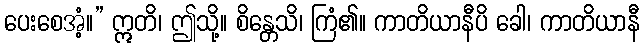
ပေးစေအံ့။” ဣတိ၊ ဤသို့။ စိန္တေသိ၊ ကြံ၏။ ကာတိယာနီပိ ခေါ၊ ကာတိယာနီ